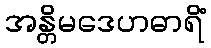
အန္တိမဒေဟဓာရိံ